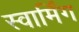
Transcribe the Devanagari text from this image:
स्वार्मिंग